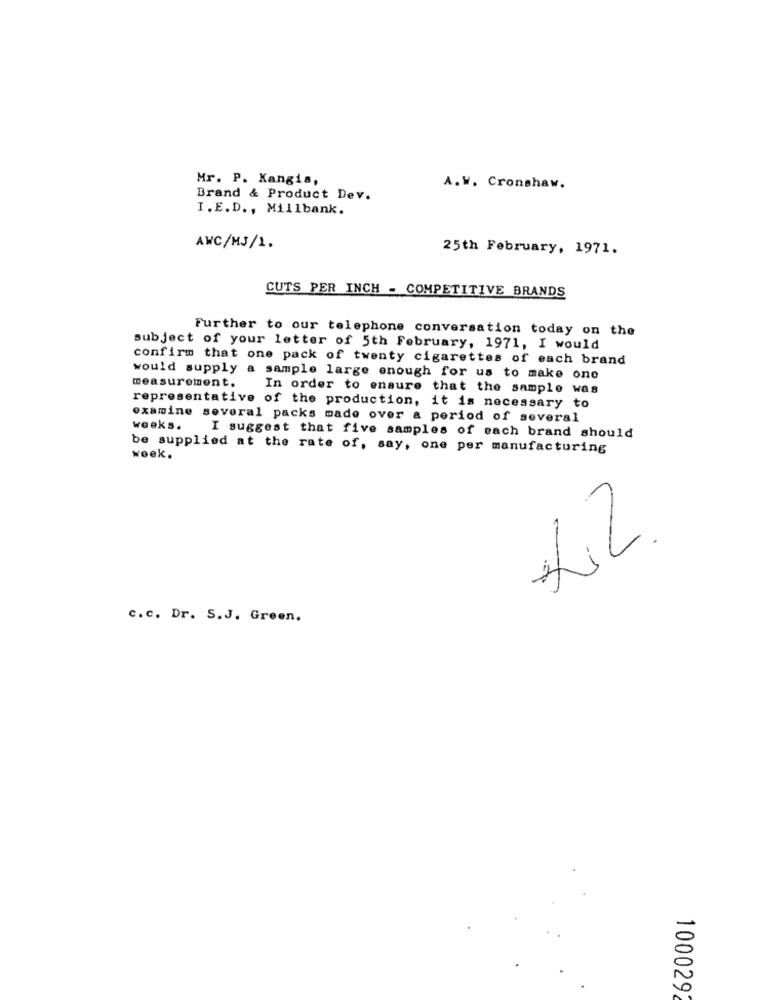
Mr. P. Kangis,
A.W. Cronshaw.
Brand & Product Dev.
I. E.D ., Millbank.
AWC/MJ/1.
25th February, 1971.
CUTS PER INCH - COMPETITIVE BRANDS
Further to our telephone conversation today on the
subject of your letter of 5th February, 1971, I would
confirm that one pack of twenty cigarettes of each brand
measurement.
would supply a sample large enough for us to make one
In order to ensure that the sample was
representative of the production, it is necessary to
examine several packs made over a period of several
weeks.
I suggest that five samples of each brand should
be supplied at the rate of, say, one per manufacturing
week.
/
c.c. Dr. S.J. Green.
100029